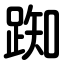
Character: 踟